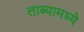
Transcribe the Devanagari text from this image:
ताब्यामध्ये